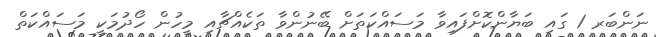
ނަންބަރ 1 ގައި ބަޔާންކޮށްފައިވާ މަސައްކަތަށް ބޭނުންވާ ތަކެއްޗާއި މީހުން ހޯދުމަކީ މަސައްކަތް